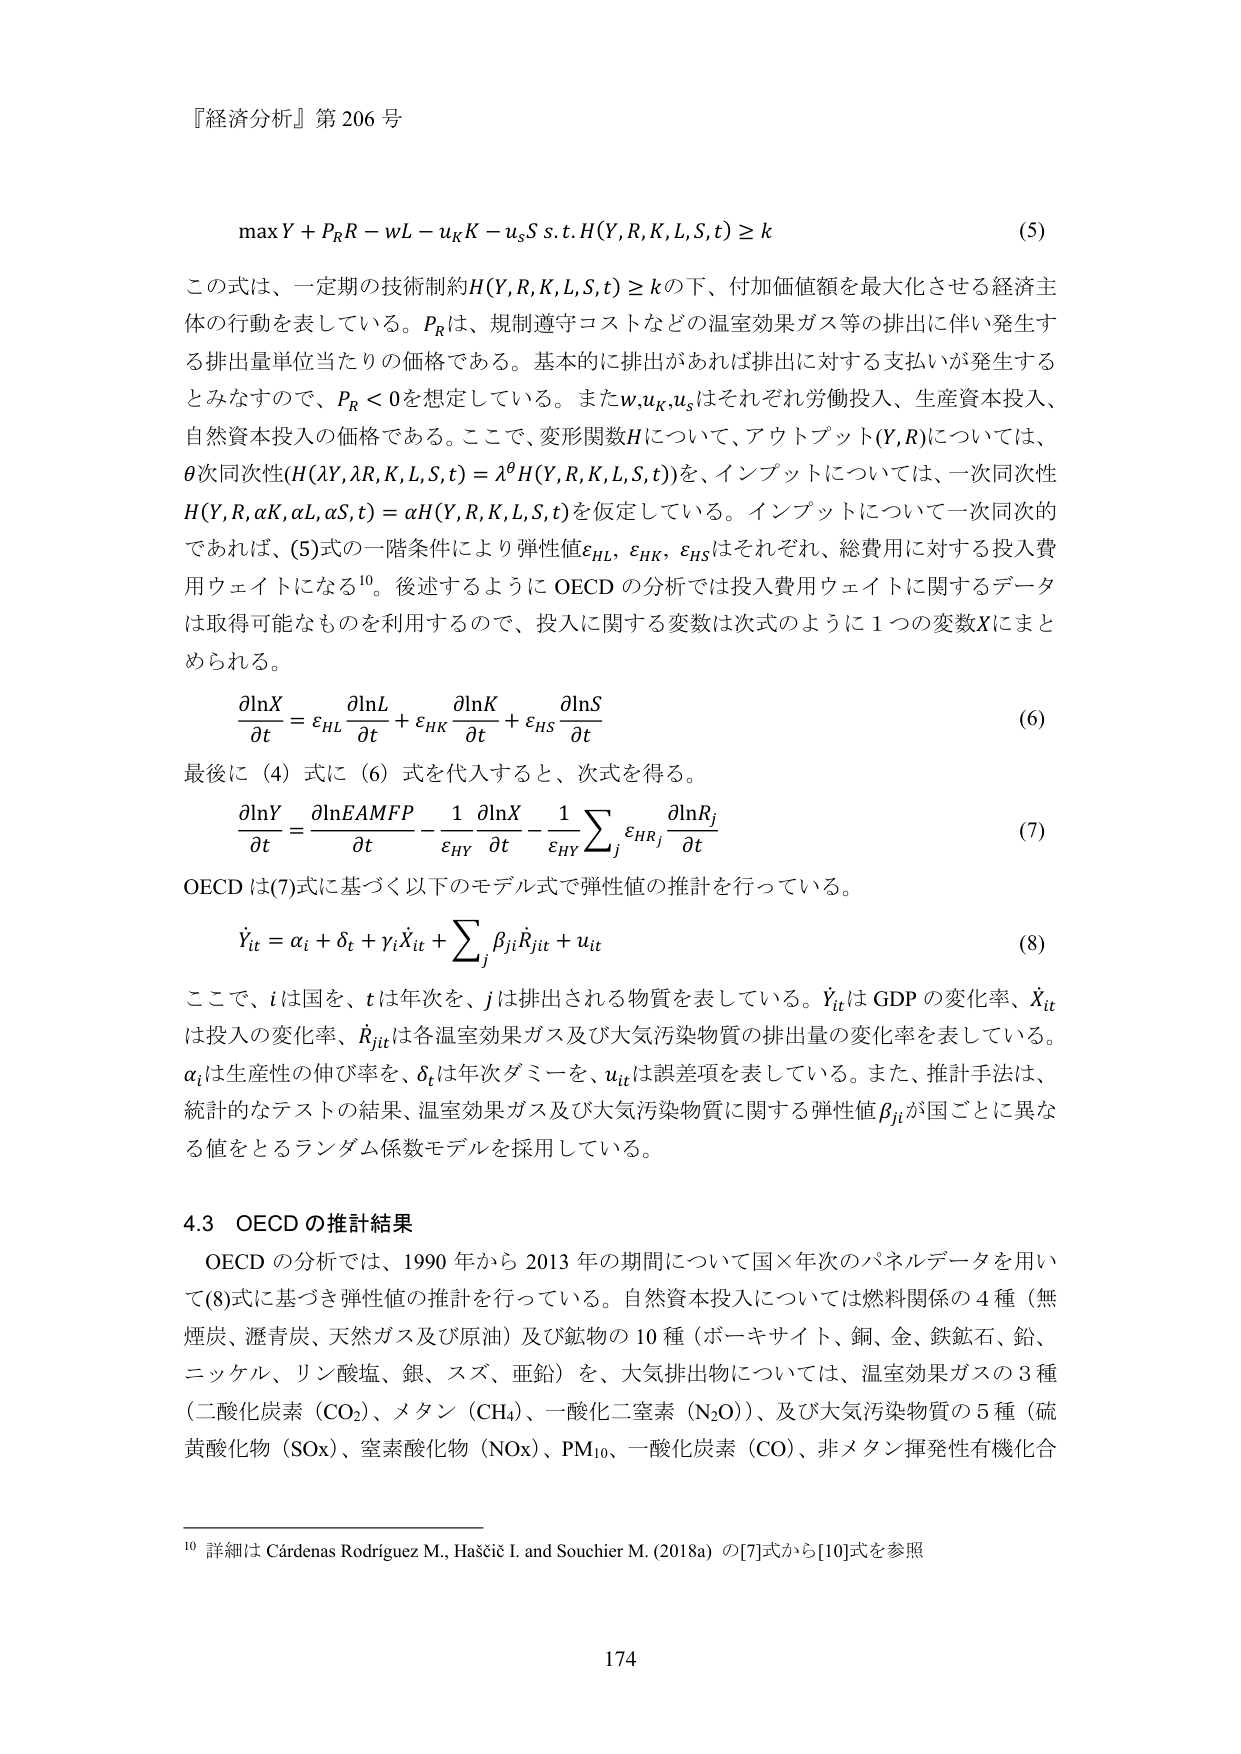
『経済分析』第 206 号

max Y + P_R R - wL - u_K K - u_S S s.t. H(Y, R, K, L, S, t) ≥ k  (5)

この式は、一定期の技術制約 H(Y, R, K, L, S, t) ≥ k の下、付加価値額を最大化させる経済主体の行動を表している。P_R は、規制遵守コストなどの温室効果ガス等の排出に伴い発生する排出量単位当たりの価格である。基本的に排出があれば排出に対する支払いが発生するとみなすので、P_R < 0 を想定している。また w, u_K, u_S はそれぞれ労働投入、生産資本投入、自然資本投入の価格である。ここで、変形関数 H について、アウトプット (Y, R) については、θ 次同次性 (H(λY, λR, K, L, S, t) = λ^θ H(Y, R, K, L, S, t)) を、インプットについては、一次同次性 H(Y, R, αK, αL, αS, t) = αH(Y, R, K, L, S, t) を仮定している。インプットについて一次同次的であれば、(5) 式の一階条件により弾性値 ε_HL, ε_HK, ε_HS はそれぞれ、総費用に対する投入費用ウェイトになる¹⁰。後述するように OECD の分析では投入費用ウェイトに関するデータは取得可能なものを利用するので、投入に関する変数は次式のように 1 つの変数 X にまとめられる。

∂lnX/∂t = ε_HL ∂lnL/∂t + ε_HK ∂lnK/∂t + ε_HS ∂lnS/∂t  (6)

最後に (4) 式に (6) 式を代入すると、次式を得る。

∂lnY/∂t = ∂lnEAMFP/∂t - (1/ε_HY) ∂lnX/∂t - (1/ε_HY) Σ_j ε_HR_j ∂lnR_j/∂t  (7)

OECD は (7) 式に基づく以下のモデル式で弾性値の推計を行っている。

Ẏ_it = α_i + δ_t + γ_i Ẋ_it + Σ_j β_ji Ṙ_jit + u_it  (8)

ここで、i は国を、t は年次を、j は排出される物質を表している。Ẏ_it は GDP の変化率、Ẋ_it は投入の変化率、Ṙ_jit は各温室効果ガス及び大気汚染物質の排出量の変化率を表している。α_i は生産性の伸び率を、δ_t は年次ダミーを、u_it は誤差項を表している。また、推計手法は、統計的なテストの結果、温室効果ガス及び大気汚染物質に関する弾性値 β_ji が国ごとに異なる値をとるランダム係数モデルを採用している。

4.3 OECD の推計結果

OECD の分析では、1990 年から 2013 年の期間について国×年次のパネルデータを用いて (8) 式に基づき弾性値の推計を行っている。自然資本投入については燃料関係の 4 種（無煙炭、瀝青炭、天然ガス及び原油）及び鉱物の 10 種（ボークサイト、銅、金、鉄鉱石、鉛、ニッケル、リン酸塩、銀、スズ、亜鉛）を、大気排出物については、温室効果ガスの 3 種（二酸化炭素 (CO₂)、メタン (CH₄)、一酸化二窒素 (N₂O)）、及び大気汚染物質の 5 種（硫黄酸化物 (SOx)、窒素酸化物 (NOx)、PM₁₀、一酸化炭素 (CO)、非メタン揮発性有機化合

¹⁰ 詳細は Cárdenas Rodríguez M., Haščič I. and Souchier M. (2018a) の [7] 式から [10] 式を参照

174